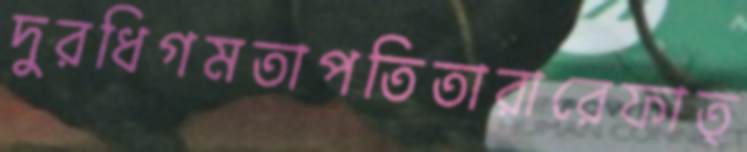
দুরধিগমতাপতিতারারেফাত্